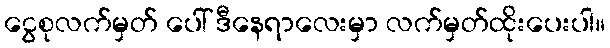
ငွေစုလက်မှတ် ပေါ် ဒီနေရာလေးမှာ လက်မှတ်ထိုးပေးပါ။